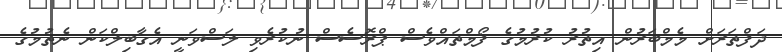
ދަފްތަރަށް މެމްބަރުން އިތުރު ކުރުމުގެ ފޯމްތައްވެސް ޕްރޮސެސް ނުކުރެވި ލަސްވަނީ އެގާބިލްކަން ނެތުމުގެ